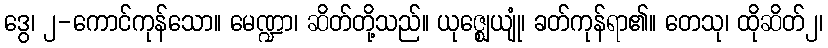
ဒွေ၊ ၂-ကောင်ကုန်သော။ မေဏ္ဍာ၊ ဆိတ်တို့သည်။ ယုဇ္ဈေယျုံ၊ ခတ်ကုန်ရာ၏။ တေသု၊ ထိုဆိတ်၂၊